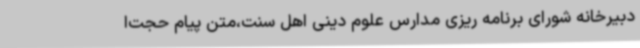
دبیرخانه شورای برنامه ریزی مدارس علوم دینی اهل سنت،متن پیام حجت‌ا